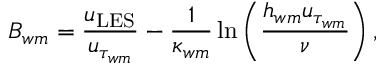
B _ { w m } = \frac { u _ { \mathrm { L E S } } } { u _ { \tau _ { w m } } } - \frac { 1 } { \kappa _ { w m } } \ln \left( \frac { h _ { w m } u _ { \tau _ { w m } } } { \nu } \right) ,